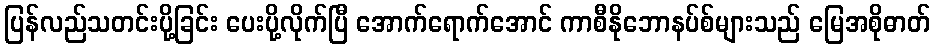
ပြန်လည်သတင်းပို့ခြင်း ပေးပို့လိုက်ပြီ အောက်ရောက်အောင် ကာစီနိုဘောနပ်စ်များသည် မြေအစိုဓာတ်